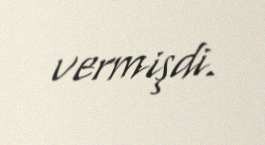
vermişdi.